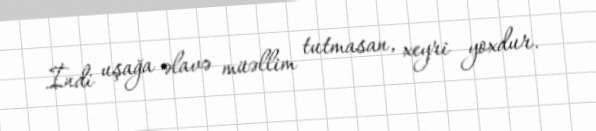
İndi uşağa əlavə müəllim tutmasan, xeyri yoxdur.